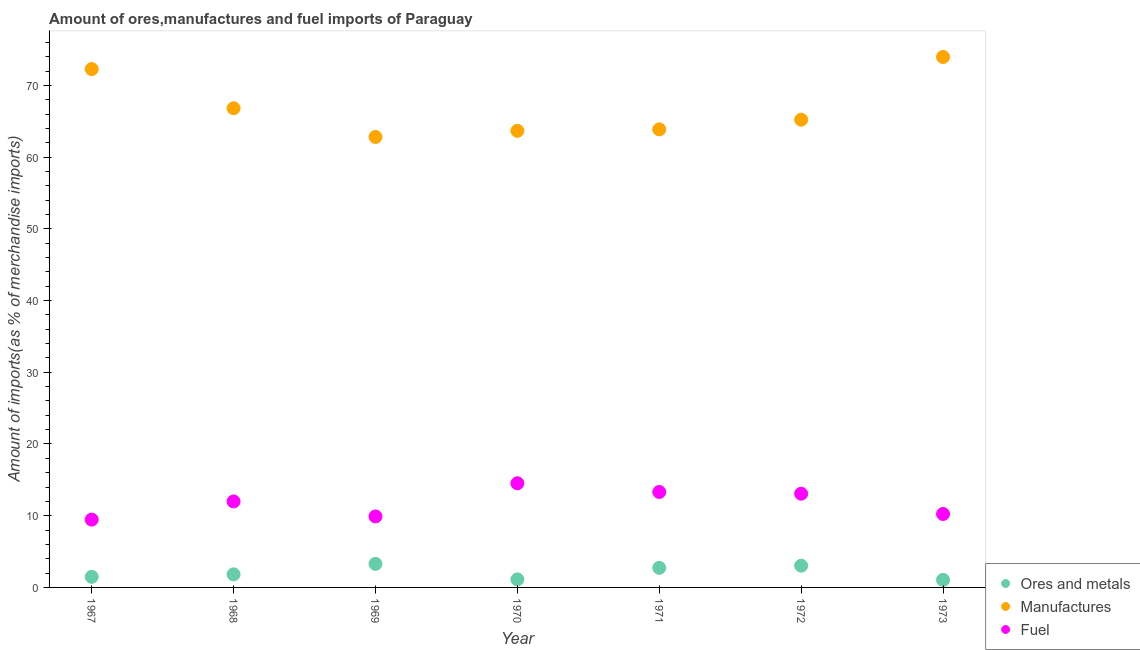
| Year | Ores and metals | Manufactures | Fuel |
 | --- | --- | --- | --- |
 | 1967 | 1.48 | 72.3 | 9.46 |
 | 1968 | 1.82 | 66.8 | 12 |
 | 1969 | 3.28 | 62.8 | 9.9 |
 | 1970 | 1.12 | 63.7 | 14.5 |
 | 1971 | 2.73 | 63.9 | 13.3 |
 | 1972 | 3.03 | 65.2 | 13.1 |
 | 1973 | 1.05 | 74 | 10.2 |